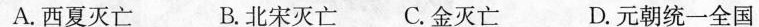
A.西夏灭亡 B.北宋灭亡 C.金灭亡 D.元朝统一全国